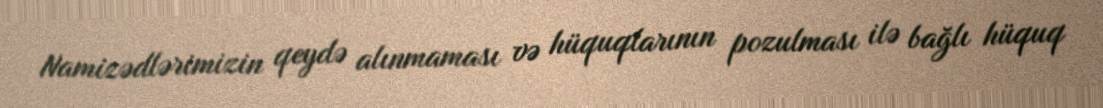
Namizədlərimizin qeydə alınmaması və hüquqlarının pozulması ilə bağlı hüquq